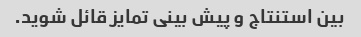
بین استنتاج و پیش بینی تمایز قائل شوید.